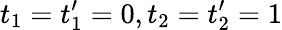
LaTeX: t_{1}=t_{1}^{\prime}=0,t_{2}=t_{2}^{\prime}=1